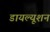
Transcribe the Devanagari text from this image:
डायल्यूशन